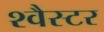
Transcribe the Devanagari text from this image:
श्वैस्टर